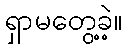
ရှာမတွေ့ခဲ့။